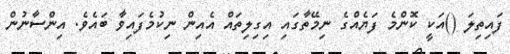
ފައިތިލަ ()އަކީ ކޮންމެ ފަޔެއްގެ ނިމޭތާގައި އިގިލިތައް އެއިން ނިކުމެފައިވާ ބައެވެ. އިންސާނުން